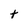
Character: t